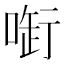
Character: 𠷢